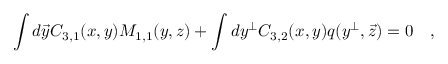
\int d \vec { y } C _ { 3 , 1 } ( x , y ) M _ { 1 , 1 } ( y , z ) + \int d y ^ { \bot } C _ { 3 , 2 } ( x , y ) q ( y ^ { \bot } , \vec { z } ) = 0 \quad ,